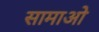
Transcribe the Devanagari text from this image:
सामाओ